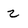
Character: 2